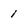
Character: 1